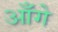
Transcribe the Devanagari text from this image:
आँगे